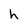
Character: h